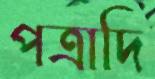
পত্রাদি